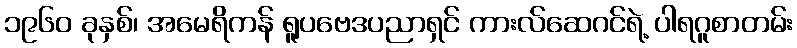
၁၉၆၀ ခုနှစ်၊ အမေရိကန် ရူပဗေဒပညာရှင် ကားလ်ဆေဂင်ရဲ့ ပါရဂူစာတမ်း